Annual report of the Bengal Veterinary College and of the Civil Veterinary Department, Bengal, for the year 1910-1911 - 1910-1911
Year: 1910
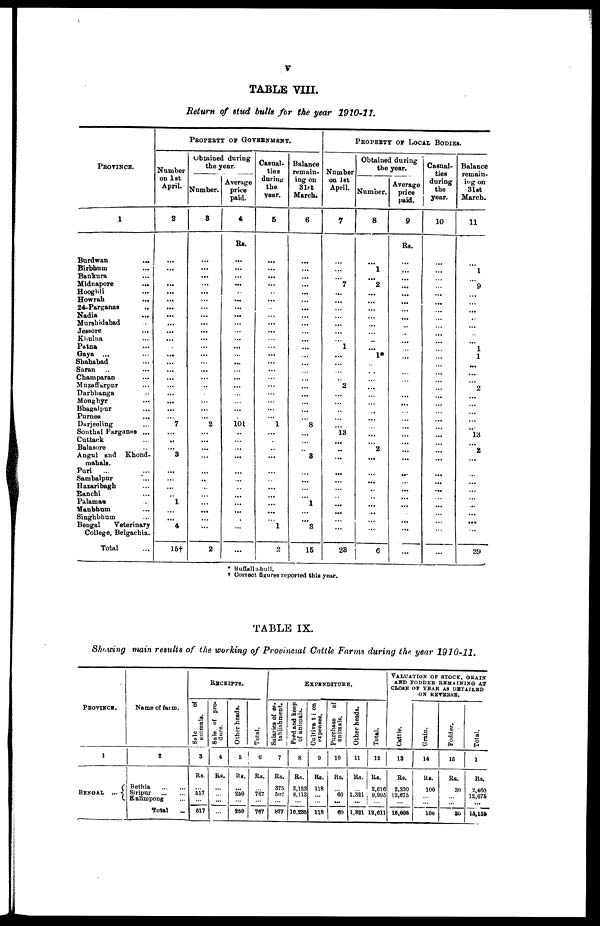
V
TABLE VIII.
Return of stud bulls for the pear 1910-11.
PROVINCE.
1
Burdwan
...
Birbhum …
Bankura …
Midnapore …
Hooghli …
Howrah
...
24-Parganas …
Nadia …
Murshidabad …
Jessore
...
Khulua …
Patna …
Gaya ... …
Sbababad …
Saran … …
Champaran …
Muzaffarpur …
Dnrbhanga …
Monghyr …
Bhagalpur …
Purnea …
Darjeeling …
Sonthal Parganas ...
Cuttack …
Balasore…
Angul and
Khond-
mahals.
Puri
... …
Sambalpur…
Hazaribagh…
Ranchi…
Palamaa…
Manbhum…
Singhbham …
Bengal
Veterinary
College, Belgachia.
Total
PROPERTY OF GOVERNMENT.
Number
on 1st
April.
2
...
...
...
...
...
...
...
...
...
...
...
...
...
...
...
...
...
...
...
...
7
...
...
...
3
...
...
...
...
1
...
...
4
15†
Obtained during
the year.
Number.
3
...
...
...
...
...
...
...
...
...
...
...
...
...
...
...
...
...
...
...
...
...
2
...
...
...
...
...
...
...
...
...
...
...
...
2
Average
price
paid.
4
Rs.
...
...
...
...
...
...
...
...
...
...
...
...
...
...
...
...
...
...
...
...
...
101
...
...
...
...
...
...
...
...
...
...
...
...
...
Casual-
ties
during
the
year.
5
...
...
...
...
...
...
...
...
...
...
...
...
...
...
...
...
...
...
...
...
...
1
...
...
...
...
...
...
...
...
...
...
...
1
2
Balance
remain-
ing on
31 ft
March.
6
...
...
...
...
...
...
...
...
...
...
...
...
...
...
...
...
...
...
...
...
...
8
...
...
...
8
...
...
...
...
1
...
...
8
15
PROPERTY OF LOCAL BODIES.
Number
on 1st
April.
7
...
...
...
7
...
...
...
...
...
...
...
1
...
...
...
...
2
...
...
...
...
...
13
...
..
...
...
...
...
...
...
...
...
...
28
Obtained during
the year.
Number.
8
...
1
...
2
...
...
...
...
...
...
...
...
1*
...
...
...
...
...
...
...
...
...
...
...
2
...
...
...
...
...
...
...
...
...
6
Average
price
paid.
9
Rs.
...
...
...
...
...
...
...
...
...
...
...
...
...
...
...
...
...
...
...
...
...
...
...
...
...
...
...
...
...
Casual-
ties
during
the
year.
10
...
...
...
...
...
...
...
...
...
...
...
...
...
...
...
...
...
...
...
...
...
...
...
...
...
...
...
...
...
...
...
...
...
...
...
Balance
remain-
ing on
31st
March.
11
1
9
...
...
...
...
...
...
...
1
1
...
...
...
2
...
...
...
...
...
l3
...
2
...
...
...
...
...
...
...
...
29
* Buffalb-bull.
†Correct figures reported this year.
TABLE IX.
Showing main results of the working of Provincial Cnttle Farms during the year 1910-11,
PROVINCE.
1
BENGAL
...
Name of farm.
2
Bethia
…
…
Siripur
…
…
Kalimpong …
Total
...
RECEIPTS.
Sule
of
animals
3
Rs.
…
517
…
617
Sale of pro-
duce.
4
Rs.
…
…
…
Other heads.
5
Rs.
…
260
…
250
Total.
6
Rs.
…
767
…
767
EXPENDITURE.
Salaries of es-
tablishment.
7
Rs.
375
502
...
877
Feed
and keep
of animals.
8
Rs.
2,123
8,112
…
10,236
Cultivation
expenses.
9
Rs.
118
…
…
118
Purchase of
animals.
10
Rs.
…
60
...
60
Other heads.
11
Rs.
…
1,321
...
1,321
Total.
12
Rs.
2,616
9,995
...
12,611
VALUATION
OF
STOCK, GRAIN
AND FODDER RAMAINIBG AT
CLOSE OF YEAR AS DETAILED
ON REVERSE.
Cattle.
13
Rs.
2,330
2,675
...
16,006
Grain.
14
Rs.
100
…
...
100
Fodder.
16
Rs.
30
…
...
80
Total.
17
Rs.
2,460
12.675
...
15,135